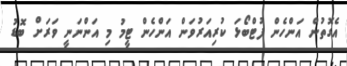
އެގޮތުން އަންހެން ފުޓްބޯޅަ ކުރިއަރުވަން އަންހެން ޓީމު މި އަންނަނީ ވަރަށް ބޮޑު